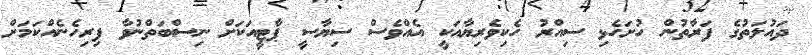
ދައުލަތުގެ ފަރާތުން ހުށަހެޅި ސިއްރު ހެކިވެރިޔާއަކީ އެއްވެސް ސިޔާސީ ޕާޓީއަކަށް ނިސްބަތްނުވާ ފިރިހެނެއްކަމަށް